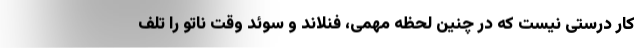
کار درستی نیست که در چنین لحظه مهمی، فنلاند و سوئد وقت ناتو را تلف